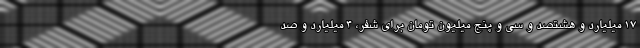
17 میلیارد و هشتصد و سی و پنج میلیون تومان برای شفر، 4 میلیارد و صد